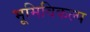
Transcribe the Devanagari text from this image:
भूमिविकल्प